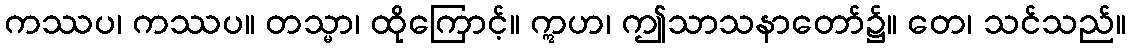
ကဿပ၊ ကဿပ။ တသ္မာ၊ ထိုကြောင့်။ ဣဟ၊ ဤသာသနာတော်၌။ တေ၊ သင်သည်။